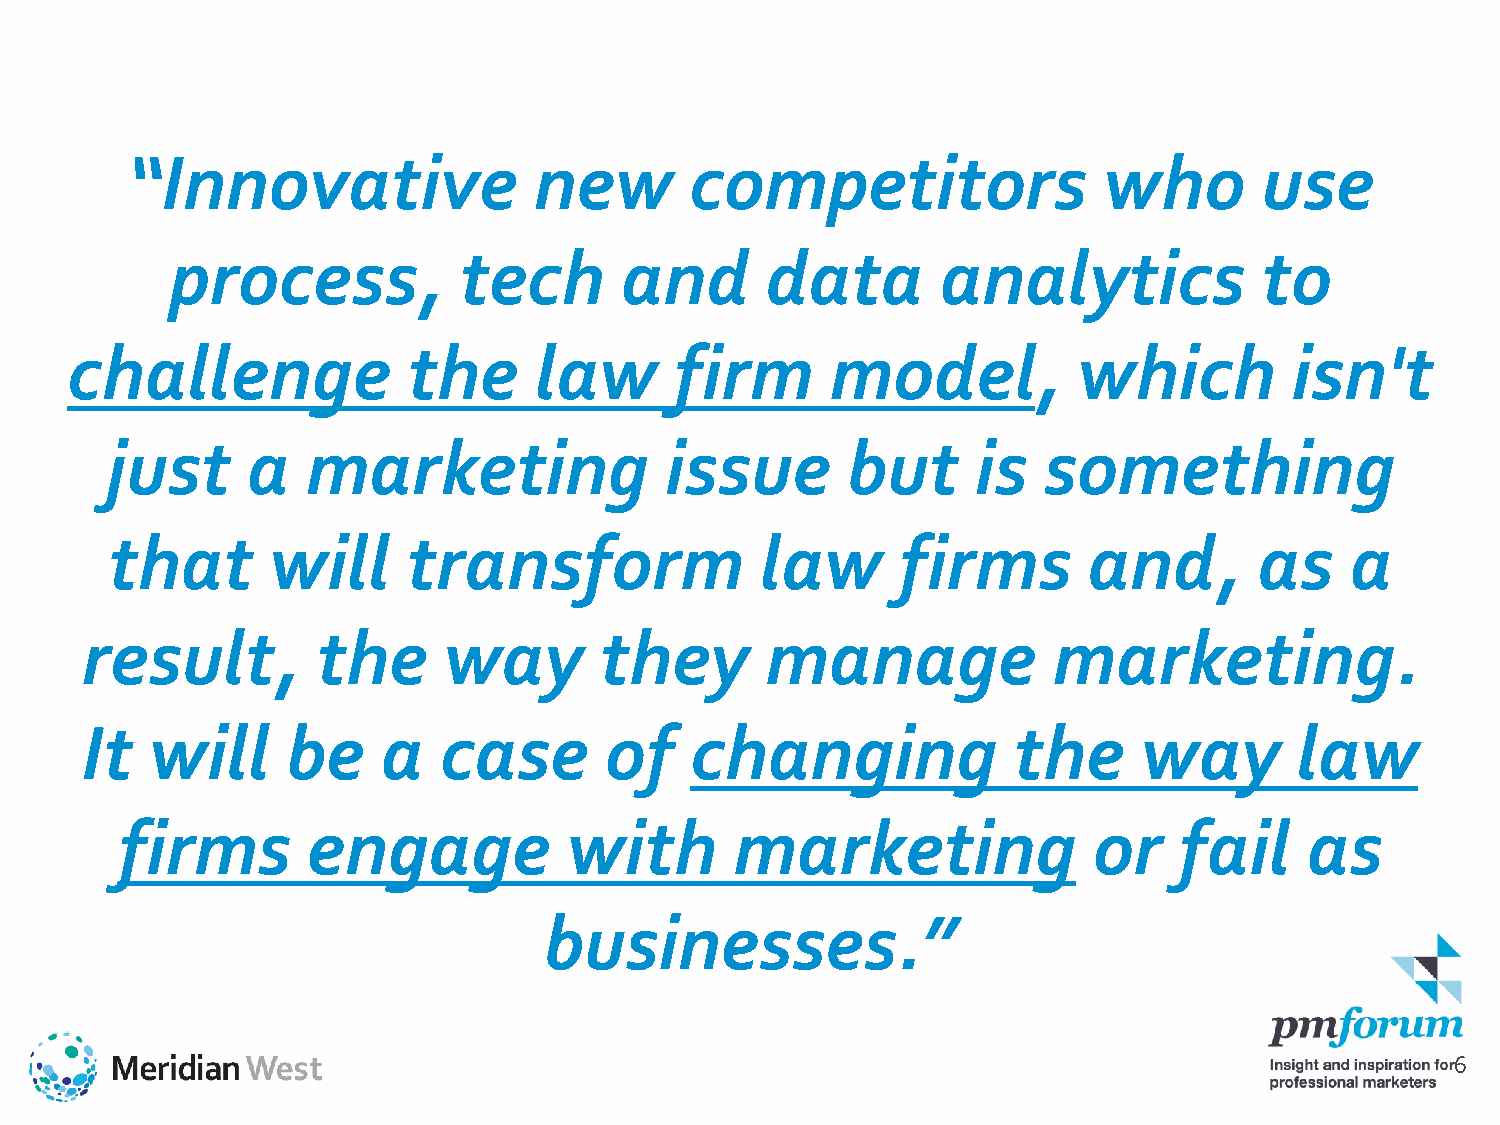
“Innovative                new        competitors                who       use
 process,           tech       and       data       analytics            to
 challenge              the     law       firm      model,          which         isn't
 just     a   marketing               issue       but      is  something
 that       will     transform              law      firms        and,       as    a
 result,         the     way        they       manage             marketing.
 It   will     be    a   case       of    changing             the      way       law
 firms       engage           with        marketing              or    fail    as
 businesses.”
 6